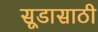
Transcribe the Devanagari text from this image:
सूडासाठी